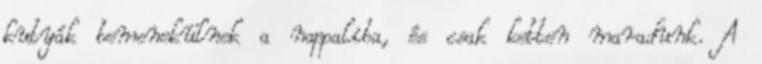
kutyák bemenekülnek a nappaliba, és csak ketten maradunk. A